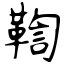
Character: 鞫